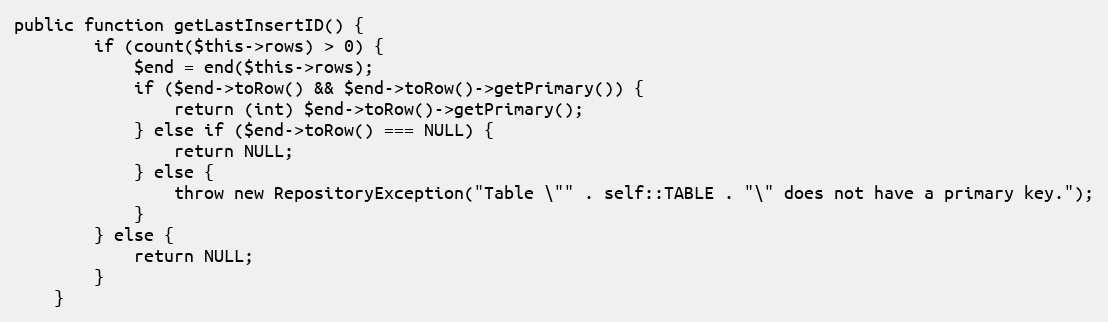
Language: PHP
public function getLastInsertID() {
		if (count($this->rows) > 0) {
			$end = end($this->rows);
			if ($end->toRow() && $end->toRow()->getPrimary()) {
				return (int) $end->toRow()->getPrimary();
			} else if ($end->toRow() === NULL) {
				return NULL;
			} else {
				throw new RepositoryException("Table \"" . self::TABLE . "\" does not have a primary key.");
			}
		} else {
			return NULL;
		}
	}